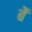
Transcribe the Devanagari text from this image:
बें